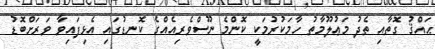
ޙައްޤު ގޮތާއި ތެދު މަޢުލޫމާތު ހާމަކުރުމަކީ ކޮންމެ ނޫސްވެރިއެއްގެ ކޮނޑުގައި އެޅިފައިވާ ވަރަށްބޮޑު